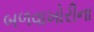
બળવાખોરીના